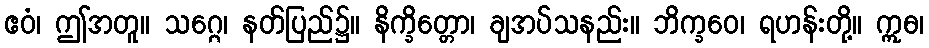
ဧဝံ၊ ဤအတူ။ သဂ္ဂေ၊ နတ်ပြည်၌။ နိက္ခိတ္တော၊ ချအပ်သနည်း။ ဘိက္ခဝေ၊ ရဟန်းတို့။ ဣဓ၊